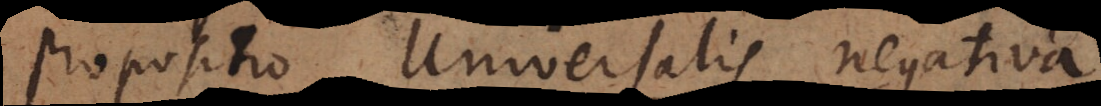
propositio universalis negativa